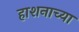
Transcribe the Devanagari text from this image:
हाशनाच्या